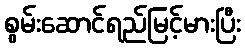
စွမ်းဆောင်ရည်မြင့်မားပြီး